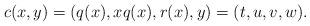
LaTeX: \begin{align*} c(x,y) = (q(x), x q(x), r(x), y) = (t,u,v,w).\end{align*}